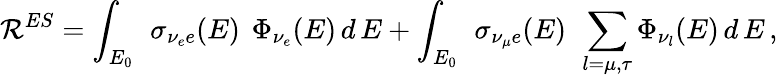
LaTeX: \mathcal{R}^{ES}=\int_{E_{0}}\, ~\sigma_{\nu_{e}e}(E)\, ~\Phi_{\nu_{e}}(E)\, d\, E+\int_{E_{0}}\, ~\sigma_{\nu_{\mu}e}(E)\, ~\sum_{l=\mu,\tau}\Phi_{\nu_{l}}(E)\, d\, E\, ,